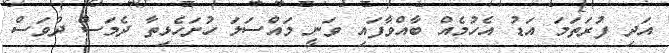
އަދި ފުރަތަމަ އަޑު އެހުމެއް ބާއްވާފައި ވަނީ މައްސަލަ ހުށަހެޅިތާ ދެމަސް ދުވަސް